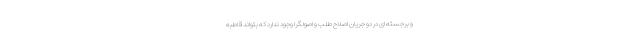
و برجسته ای در دو جریان اصلاح طلب و اصولگرا وجود ندارد که بتواند قاطبه